Civil Veterinary Department. Central Provinces & Berar 1925-31 - 1925-1931
Year: 1925
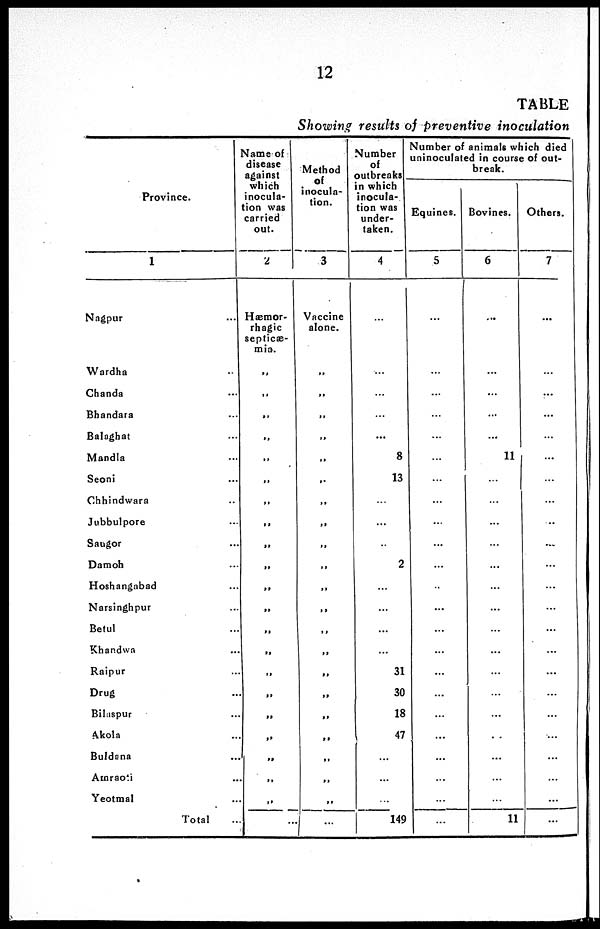
12
TABLE
Showing results of preventive inoculation
Province.
1
Nagpur ...
Wardha ...
Chanda ...
Bhandara ...
Balaghat ...
Mandla ...
Seoni ...
Chhindwara ...
Jubbulpore ...
Saugor ...
Damoh ...
Hoshangabad ...
Narsinghpur ...
Betul ...
Khandwa ...
Raipur
Drug ...
Bilaspur ...
Akola ...
Buldana ...
Amraoti ...
Yeotmal ...
Total ...
Name of
disease
against
which
inocula-
tion was
carried
out.
2
Hæmor-
rhagic
septicæ-
mia.
„
„
„
„
„
„
„
„
„
„
„
„
„
„
„
„
„
„
„
„
„
...
Method
of
inocula-
tion.
3
Vaccine
alone.
„
„
„
„
„
„
„
„
„
„
„
„
„
„
„
„
„
„
„
„
„
...
Number
of
outbreaks
in which
inocula-
tion was
under-
taken.
4
...
...
...
...
...
8
13
...
...
...
2
...
...
...
...
31
30
18
47
...
...
...
149
Number of animals which died
uninoculated in course of out-
break.
Equines.
5
...
...
...
...
...
...
...
...
...
...
...
...
...
...
...
...
...
...
...
...
...
...
...
Bovines.
6
...
...
...
...
...
11
...
...
...
...
...
...
...
...
...
...
...
...
...
...
...
...
11
Others.
7
...
...
...
...
...
...
...
...
...
...
...
...
...
...
...
...
...
...
...
...
...
...
...